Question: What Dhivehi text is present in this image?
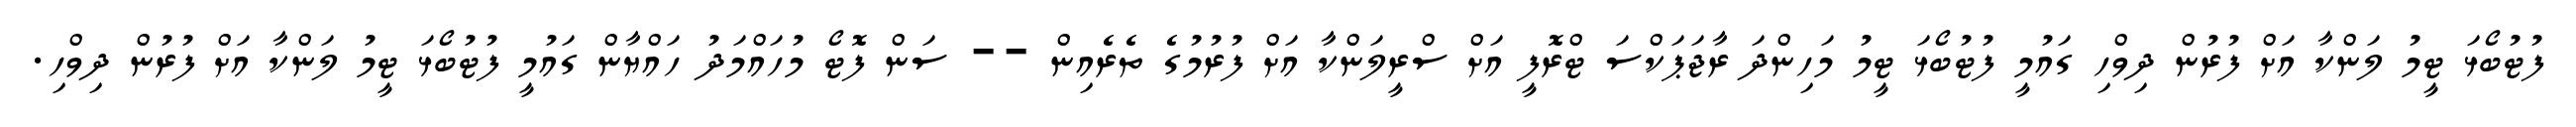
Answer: ފުޓުބޯޅަ ޓީމު ލަންކާ އަށް ފުރުން ދިވްހި ގައުމީ ފުޓުބޯޅަ ޓީމު މަހިންދަ ރާޖަޕަކްސަ ޓްރޮފީ އަށް ސްރީލަންކާ އަށް ފުރުމުގެ ތެރެއިން -- ސަން ފޮޓޯ މުހައްމަދު ހައްޔާން ގައުމީ ފުޓުބޯޅަ ޓީމު ލަންކާ އަށް ފުރުން ދިވްހި.